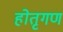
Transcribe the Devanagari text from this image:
होतृगण